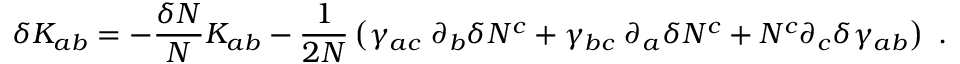
\delta K _ { a b } = - { \frac { \delta N } { N } } K _ { a b } - { \frac { 1 } { 2 N } } \left( \gamma _ { a c } \; \partial _ { b } \delta N ^ { c } + \gamma _ { b c } \; \partial _ { a } \delta N ^ { c } + N ^ { c } \partial _ { c } \delta \gamma _ { a b } \right) \ .